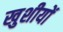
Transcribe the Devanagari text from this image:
खुशीयों